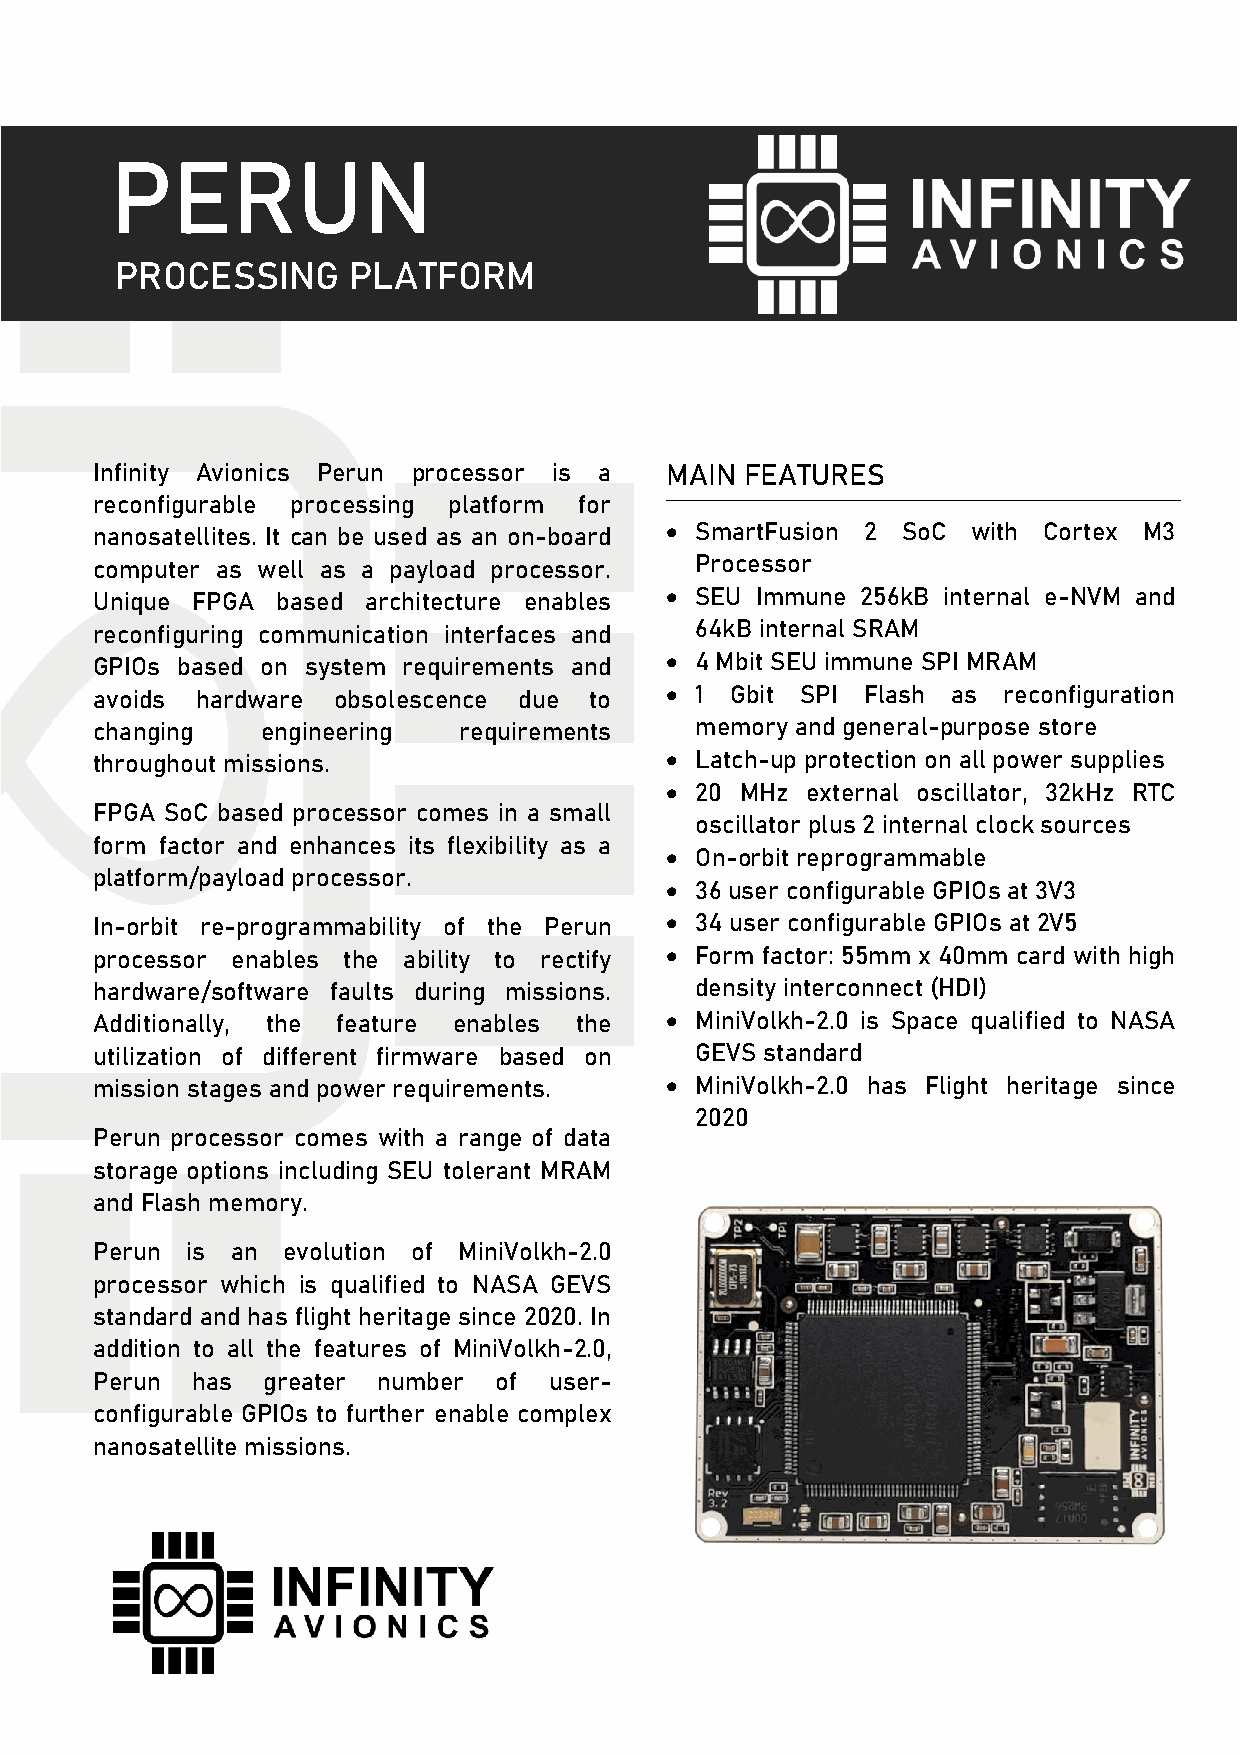
PERUN
 PROCESSING     PLATFORM
 Infinity Avionics Perun processor is a MAIN FEATURES
 reconfigurable processing platform for
 nanosatellites. It can be used as an on-board • SmartFusion 2 SoC with Cortex M3
 computer as well as a payload processor. Processor
 Unique FPGA based architecture enables • SEU Immune 256kB internal e-NVM and
 reconfiguring communication interfaces and 64kB internal SRAM
 GPIOs based on system requirements and • 4 Mbit SEU immune SPI MRAM
 avoids hardware obsolescence due to   • 1 Gbit SPI Flash as reconfiguration
 changing   engineering  requirements    memory and general-purpose store
 throughout missions.                  • Latch-up protection on all power supplies
 • 20 MHz external oscillator, 32kHz RTC
 FPGA SoC based processor comes in a small
 oscillator plus 2 internal clock sources
 form factor and enhances its flexibility as a
 • On-orbit reprogrammable
 platform/payload processor.
 • 36 user configurable GPIOs at 3V3
 In-orbit re-programmability of the Perun • 34 user configurable GPIOs at 2V5
 processor enables the ability to rectify • Form factor: 55mm x 40mm card with high
 hardware/software faults during missions. density interconnect (HDI)
 Additionally, the feature enables the • MiniVolkh-2.0 is Space qualified to NASA
 utilization of different firmware based on GEVS standard
 mission stages and power requirements. • MiniVolkh-2.0 has Flight heritage since
 2020
 Perun processor comes with a range of data
 storage options including SEU tolerant MRAM
 and Flash memory.
 Perun is an  evolution of MiniVolkh-2.0
 processor which is qualified to NASA GEVS
 standard and has flight heritage since 2020. In
 addition to all the features of MiniVolkh-2.0,
 Perun  has greater number  of user-
 configurable GPIOs to further enable complex
 nanosatellite missions.